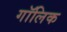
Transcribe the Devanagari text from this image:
गॉलिक